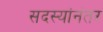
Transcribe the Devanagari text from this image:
सदस्यांनंतर